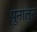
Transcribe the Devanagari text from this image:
पूनालुर